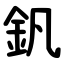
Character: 釩